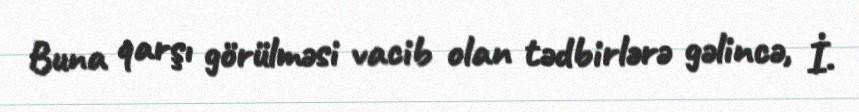
Buna qarşı görülməsi vacib olan tədbirlərə gəlincə, İ.